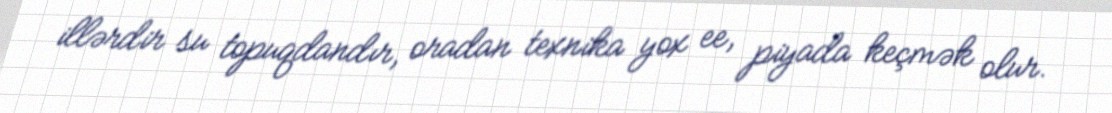
illərdir su topuqdandır, oradan texnika yox ee, piyada keçmək olur.